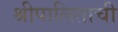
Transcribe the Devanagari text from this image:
श्रीपालिताची